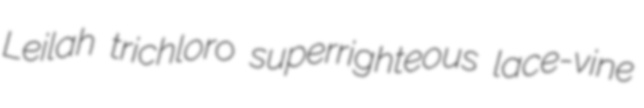
Leilah trichloro superrighteous lace-vine